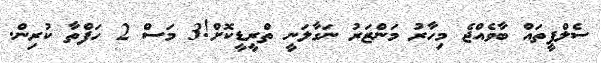
ސެލްފީތައް ބާވެއްޖެ މިހާރު މަންޒަރު ނަގާލަނީ ތްރީޑީކޮށް!3 މަސް 2 ހަފްތާ ކުރިން.